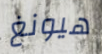
هيونغ